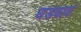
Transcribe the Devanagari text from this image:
घडवावं